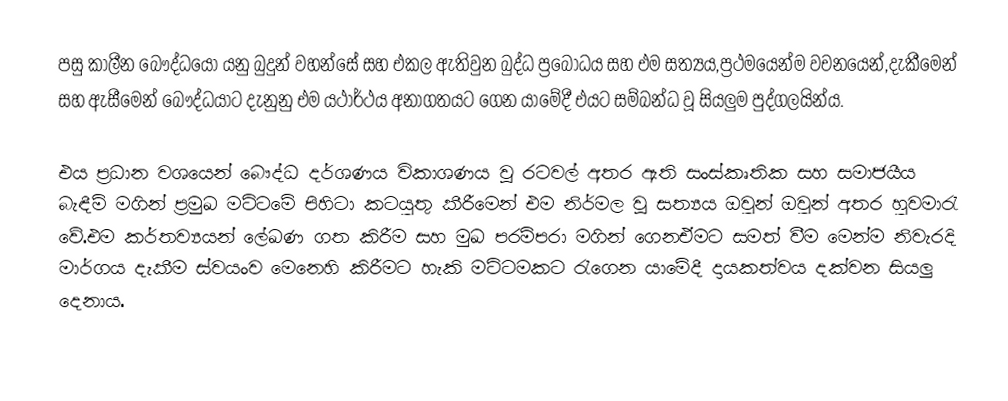
පසු කාලීන බෞද්ධයෝ යනු බුදුන් වහන්සේ සහ එකල ඇතිවුන බුද්ධ ප්‍රබෝධය සහ එම සත්‍යය,ප්‍රථමයෙන්ම වචනයෙන්,දැකීමෙන් සහ ඇසීමෙන් බෞද්ධයාට දැනුනු එම යථාර්ථය අනාගතයට ගෙන යාමේදී එයට සම්බන්ධ වූ සියලුම පුද්ගලයින්ය.

එය ප්‍රධාන වශයෙන් බෞද්ධ දර්ශණය විකාශණය වූ රටවල් අතර ඇති සංස්කෘතික සහ සමාජයීය බැඳීම් මගින් ප්‍රමුඛ මට්ටමේ පිහිටා කටයුතු කීරීමෙන් එම නිර්මල වූ සත්‍යය ඔවුන් ඔවුන් අතර හුවමාරැ වේ.එම කර්තව්‍යයන් ලේඛණ ගත කිරීම සහ මුඛ පරම්පරා මගින් ගෙනඒමට සමත් වීම මෙන්ම නිවැරදි මාර්ගය දැකීම ස්වයංව මෙනෙහි කිරීමට හැකි මට්ටමකට රැගෙන යාමේදී දායකත්වය දක්වන සියලු දෙනාය.